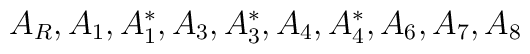
A_R, A_1, A_1^*, A_3, A_3^*, A_4, A_4^*, A_6, A_7, A_8